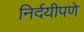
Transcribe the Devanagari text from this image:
निर्दयीपणे